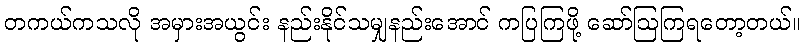
တကယ်ကသလို အမှားအယွင်း နည်းနိုင်သမျှနည်းအောင် ကပြကြဖို့ ဆော်ဩကြရတော့တယ်။